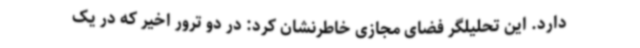
دارد. این تحلیلگر فضای مجازی خاطرنشان کرد: در دو ترور اخیر که در یک